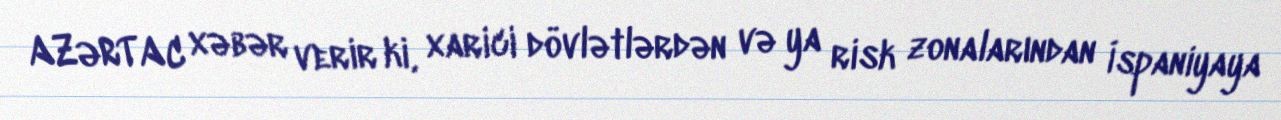
AZƏRTAC xəbər verir ki, xarici dövlətlərdən və ya risk zonalarından İspaniyaya